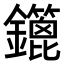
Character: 𨯥